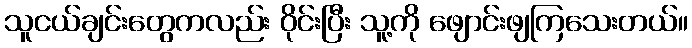
သူငယ်ချင်းတွေကလည်း ဝိုင်းပြီး သူ့ကို ဖျောင်းဖျကြသေးတယ်။